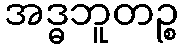
အဒ္ဓဘူတဉ္စ